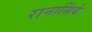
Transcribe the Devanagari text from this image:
रानासिंघे